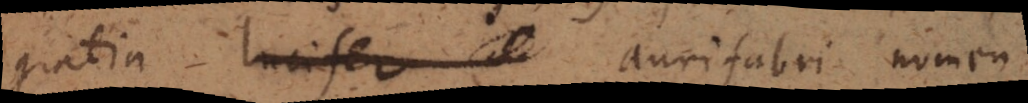
gratia lucifer aurifabri nomen